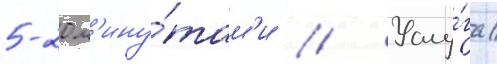
5-20 м'ину́там'и // Услу́га